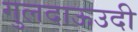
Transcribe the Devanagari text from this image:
गुलदाऊउदी